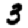
Digit: 3